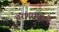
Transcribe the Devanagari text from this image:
चरणसमुहमे